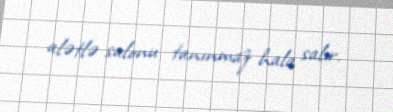
alətlə salonu tanınmaz hala salır.